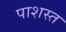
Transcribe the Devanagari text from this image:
पाशस्त